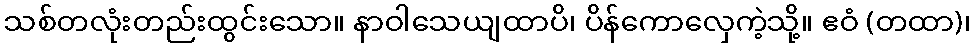
သစ်တလုံးတည်းထွင်းသော။ နာဝါသေယျထာပိ၊ ပိန်ကောလှေကဲ့သို့။ ဧဝံ (တထာ)၊